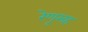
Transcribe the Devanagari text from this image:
रेणूसह